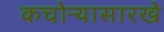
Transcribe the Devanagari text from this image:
कचोऱ्यासारखे